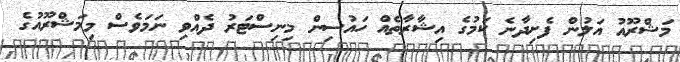
މަޝްރޫއު އަލުން ފެށިދާނެ ކަމުގެ އިޝާރާތެއް ހައުސިން މިނިސްޓަރު ދެއްވި ނަމަވެސް މިމަޝްރޫއުގެ